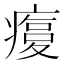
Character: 𤹫